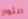
الثوار